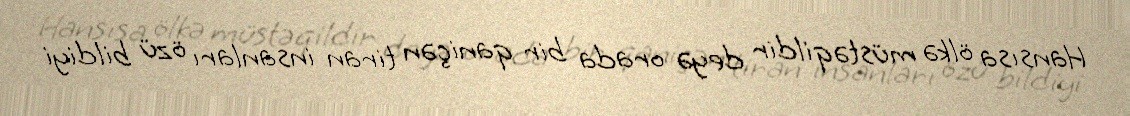
Hansısa ölkə müstəqildir deyə orada bir qaniçən tiran insanları özü bildiyi